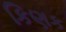
કિણક